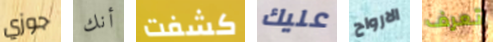
جوزي أنك كشفت عليك الارواح تعرف